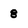
Character: 8